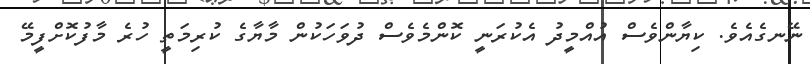
ނޭނގެއެވެ. ކިޔާންވެސް އުއްމީދު އެކުރަނީ ކޮންމެވެސް ދުވަހަކުން މާޔާގެ ކުރިމަތީ ހުރެ މާފުކޮށްފީމޭ